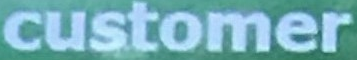
customer